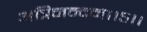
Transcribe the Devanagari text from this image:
अत्रिनन्‍दन।।५।।